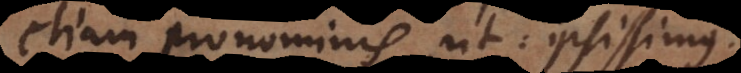
etiam pronominis, ut: ipsissimus.